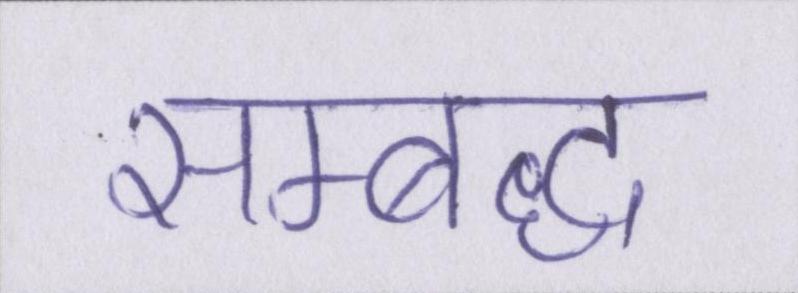
सम्बध्द